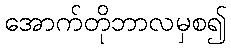
အောက်တိုဘာလမှစ၍